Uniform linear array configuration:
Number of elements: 64
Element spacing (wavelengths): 1
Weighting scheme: kaiser
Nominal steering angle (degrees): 0
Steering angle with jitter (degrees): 0.1828
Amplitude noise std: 0.05
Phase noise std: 0.05

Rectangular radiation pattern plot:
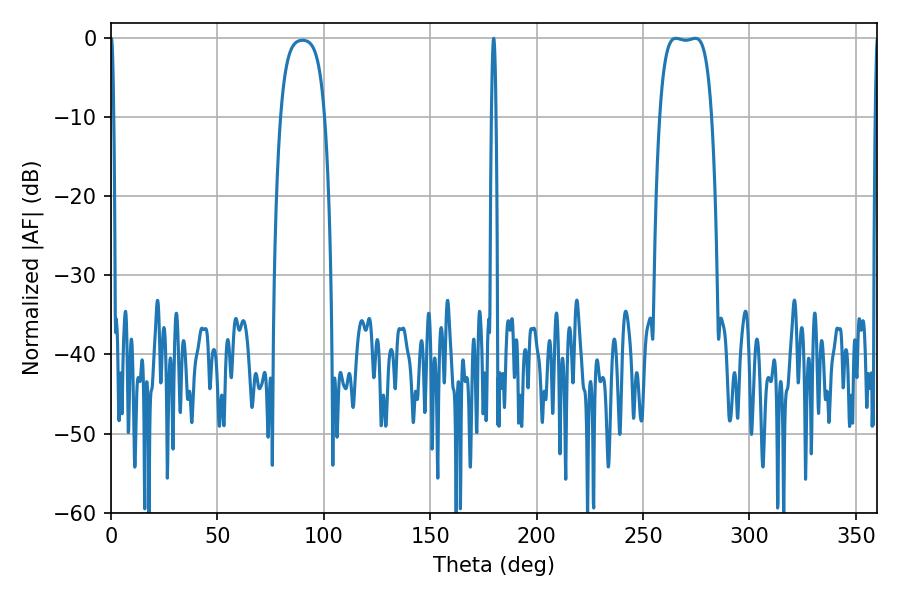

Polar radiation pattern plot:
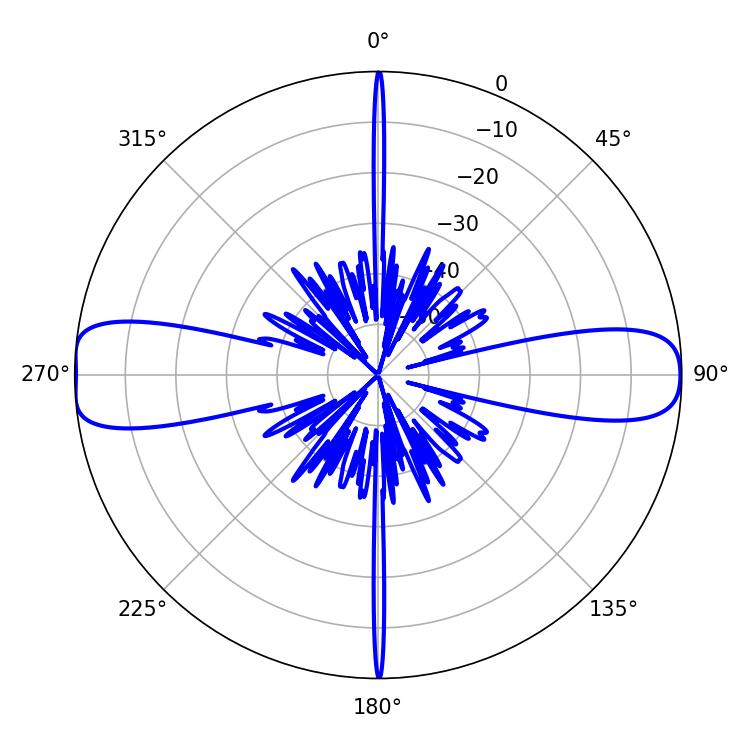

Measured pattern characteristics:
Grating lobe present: TRUE
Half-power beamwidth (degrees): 0.72
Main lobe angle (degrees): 0.18